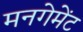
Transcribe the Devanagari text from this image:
मनगेमेंट